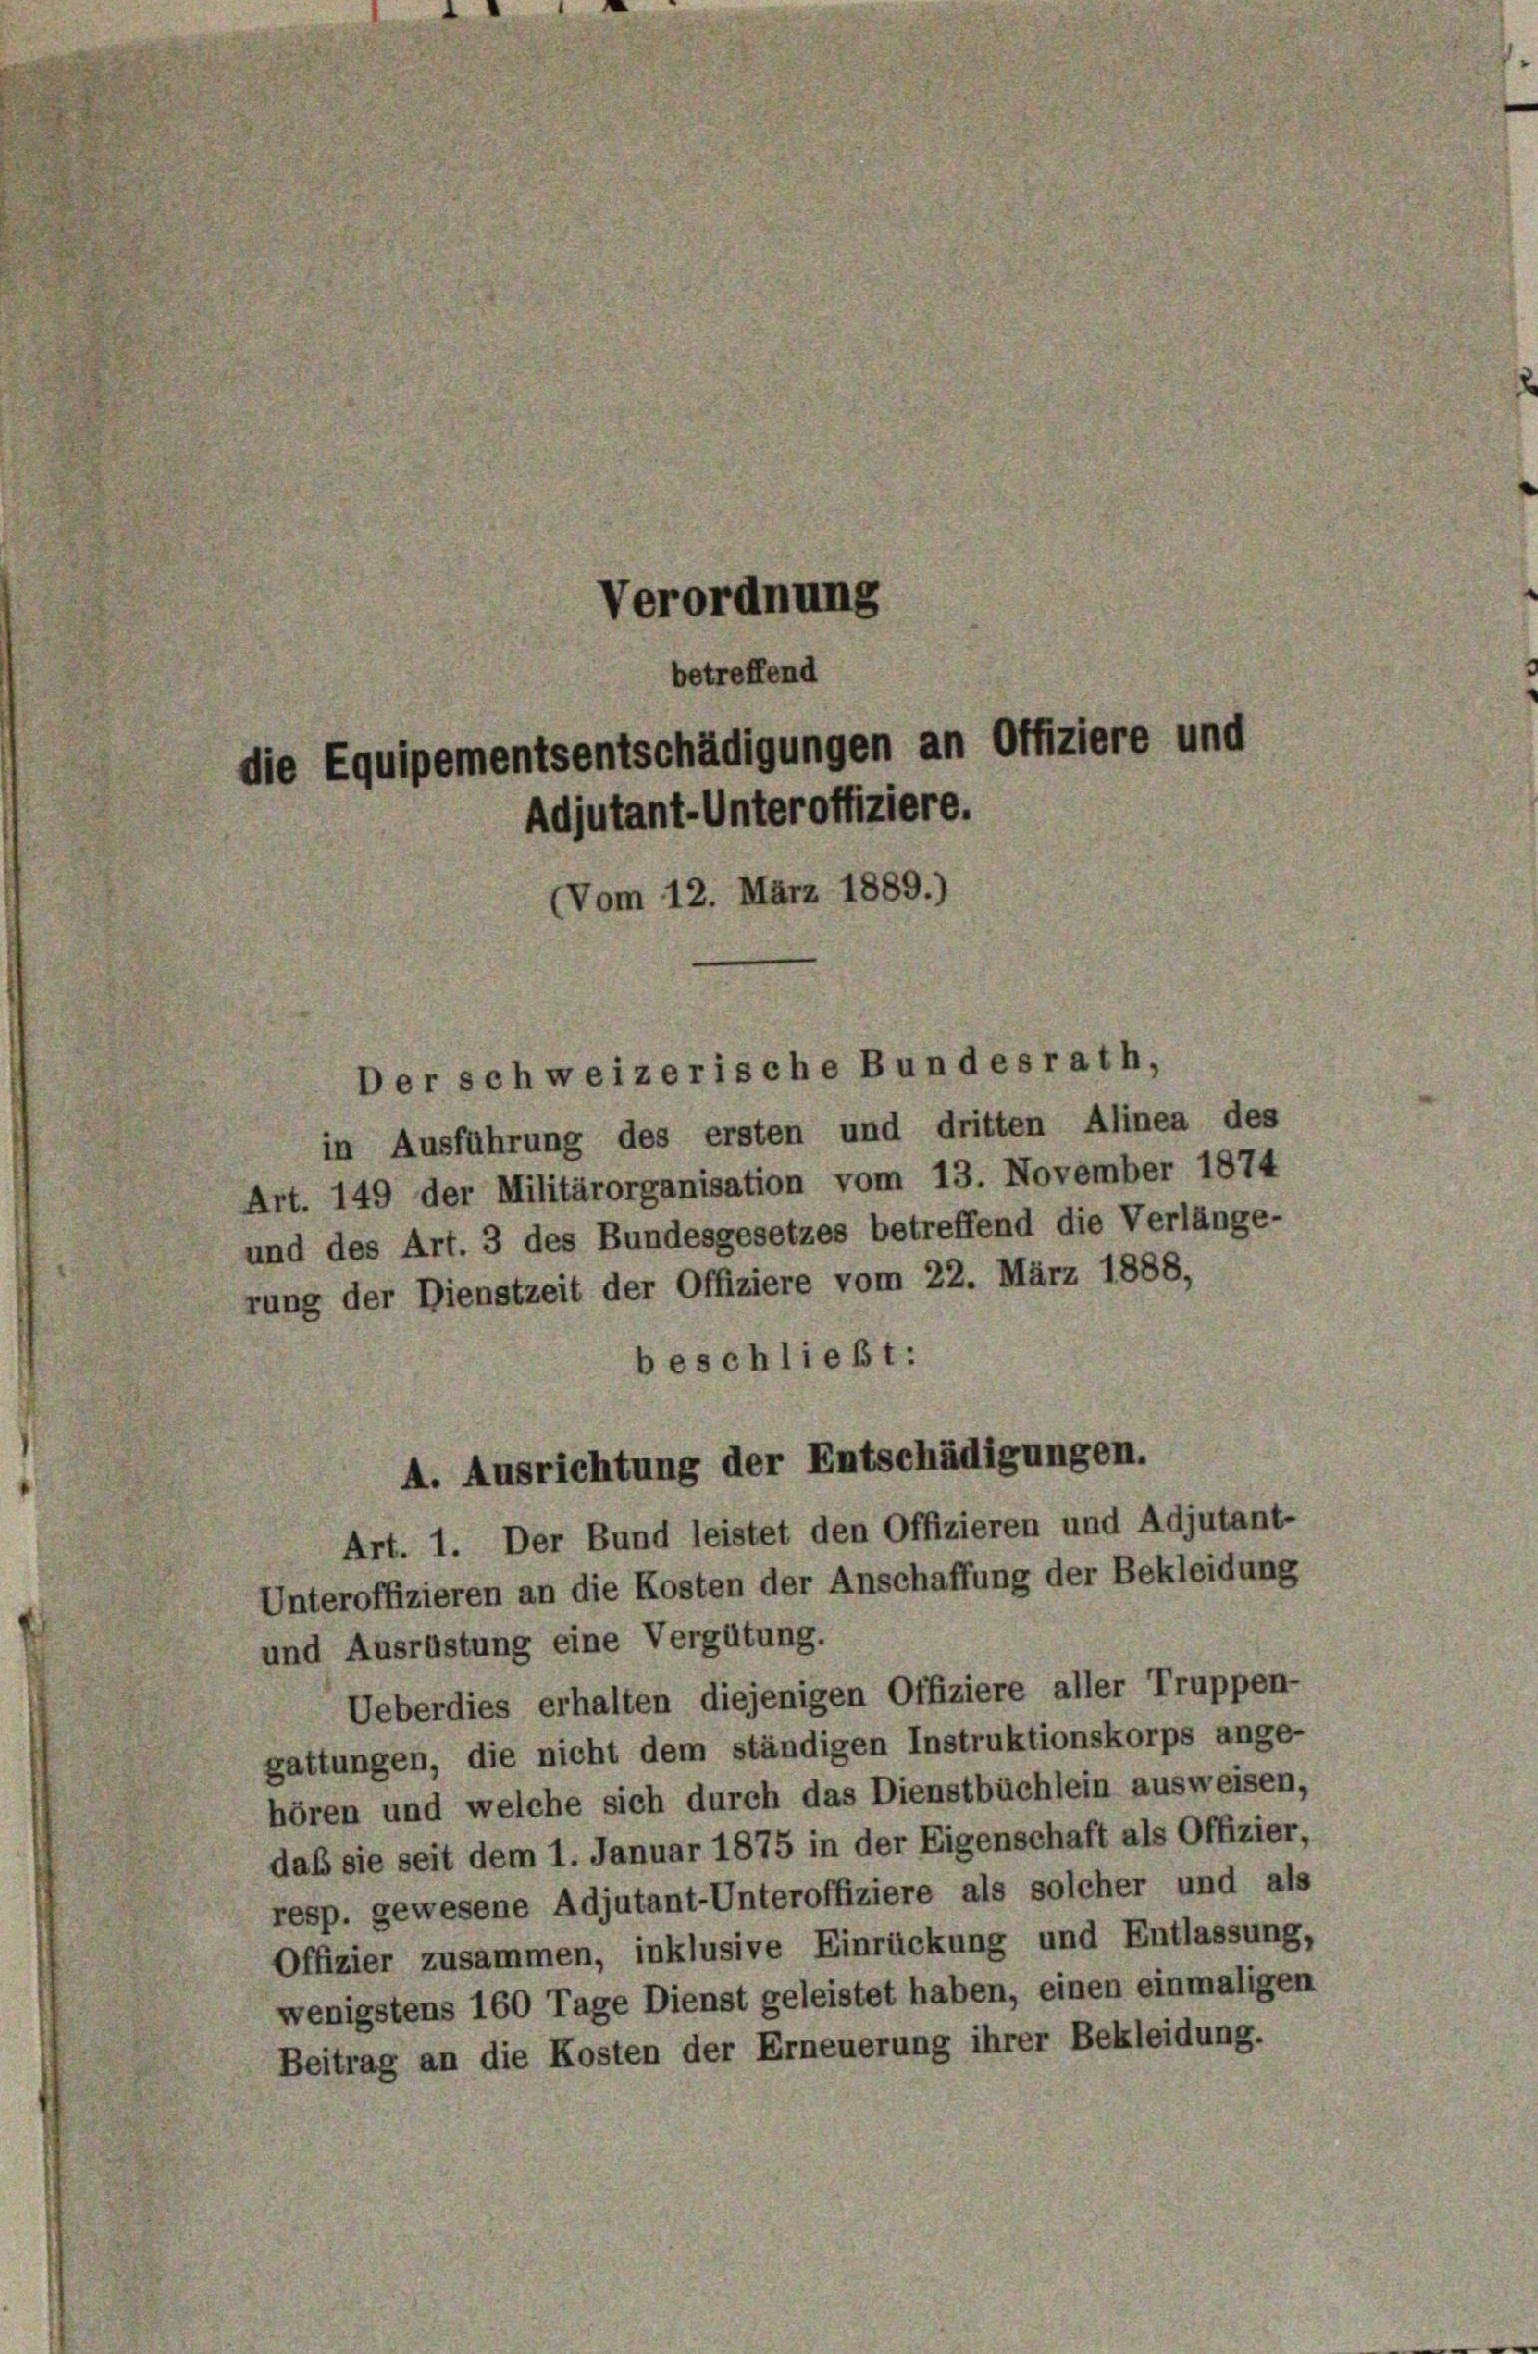
Verordnung
betreffend
die Equipementsentschädigungen an Offiziere und
Adjutant-Unteroffiziere.
(Vom 12. März 1889.)

Der schweizerische Bundesrath,
in Ausführung des ersten und dritten Alinea des
Art. 149 der Militärorganisation vom 13. November 1874
und des Art. 3 des Bundesgesetzes betreffend die Verlänge-
rung der Dienstzeit der Offiziere vom 22. März 1888,
beschließt:
Art. 1. Der Bund leistet den Offizieren und Adjutant-
Unteroffizieren an die Kosten der Anschaffung der Bekleidung
und Ausrüstung eine Vergütung.
Ueberdies erhalten diejenigen Offiziere aller Truppen-
gattungen, die nicht dem ständigen Instruktionskorps ange-
hören und welche sich durch das Dienstbüchlein ausweisen,
daß sie seit dem 1. Januar 1875 in der Eigenschaft als Offizier,
resp. gewesene Adjutant-Unteroffiziere als solcher und als
Offizier zusammen, inklusive Einrückung und Entlassung,
wenigstens 160 Tage Dienst geleistet haben, einen einmaligen
Beitrag an die Kosten der Erneuerung ihrer Bekleidung.

A. Ausrichtung der Entschädigungen.